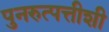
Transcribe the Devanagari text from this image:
पुनरुत्पत्तीशी